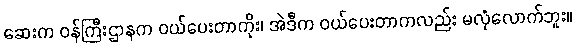
ဆေးက ဝန်ကြီးဌာနက ဝယ်ပေးတာကိုး၊ အဲဒီက ဝယ်ပေးတာကလည်း မလုံလောက်ဘူး။